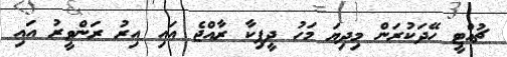
ޗުއްޓީ ހޭދަކުރަން މިދިޔަ މަހު ދީޕިކާ ރާއްޖެ އައި އިރު ރަންވީރު އައި